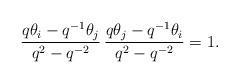
LaTeX: \begin{align*}\frac{q \theta_i - q^{-1} \theta_j}{q^2-q^{-2}} \,\frac{q \theta_j - q^{-1}\theta_i}{q^2-q^{-2}} = 1.\end{align*}